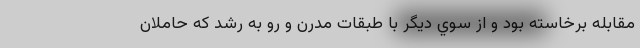
مقابله برخاسته بود و از سوي ديگر با طبقات مدرن و رو به رشد كه حاملان